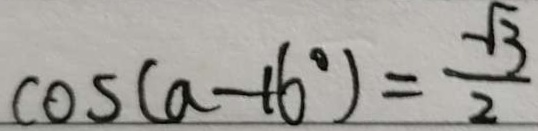
\cos ( a - 1 6 ^ { \circ } ) = \frac { \sqrt { 3 } } { 2 }